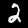
Digit: 2